Civil Veterinary Department. Madras. Admin. report 1926-33 - 1926-1933
Year: 1926
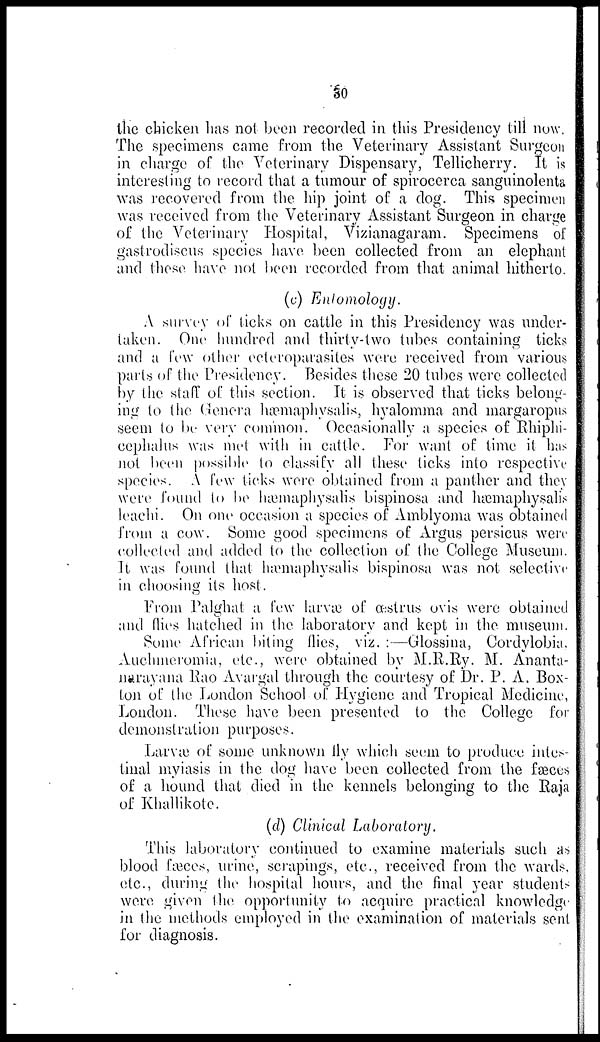
30
the chicken has not been recorded in this Presidency till now.
The specimens came from the Veterinary Assistant Surgeon
in charge of the Veterinary Dispensary, Tellicherry. It is
interesting to record that a tumour of spirocerca sanguinolenta
was recovered from the hip joint of a dog. This specimen
was received from the Veterinary Assistant Surgeon in charge
of the Veterinary Hospital, Vizianagaram. Specimens of
gastrodiscus species have been collected from an elephant
and these have not been recorded from that animal hitherto.
(c) Entomology.
A survey of ticks on cattle in this Presidency was under-
taken. One. hundred and thirty-two tubes containing ticks
and a few other ceteroparasites were received from various
parts of the Presidency. Besides these 20 tubes were collected
by the staff of this section. It is observed that ticks belong-
ing to the Genera hæmaphysalis, hyalomma and margaropus
seem to be very common. Occasionally a species of Rhiphi-
cephalus was met with in cattle. For want of time it has
not been possible to classify all these ticks into respective
species. A few ticks were obtained from a panther and they
were found to be hæmaphysalis bispinosa and hæmaphysalis
leachi. On one occasion a species of Amblyoma was obtained
from a cow. Some good specimens of Argus persicus were
collected and added to the collection of the College Museum.
It was found that hæmaphysalis bispinosa was not selective
in choosing its host.
From Palghat a few larvæ of œstrus ovis were obtained
and flies hatched in the laboratory and kept in the museum.
Some African biting flies, viz. :—Glossina, Cordylobia,
Auchmeromia, etc., were obtained by M.R.Ry. M. Ananta-
narayana Rao Avargal through the courtesy of Dr. P. A. Box-
ton of the London School of Hygiene and Tropical Medicine,
London. These have been presented to the College for
demonstration purposes.
Larvæ of some unknown fly which seem to produce intes-
tinal myiasis in the dog have been collected from the fæces
of a hound that died in the kennels belonging to the Raja
of Khallikote.
(d) Clinical Laboratory.
This laboratory continued to examine materials such as
blood fæces, urine, scrapings, etc., received from the wards,
etc., during the hospital hours, and the final year students
were given the opportunity to acquire practical knowledge
in the methods employed in the examination of materials sent
for diagnosis.